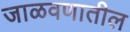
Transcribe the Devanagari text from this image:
जाळवणातील